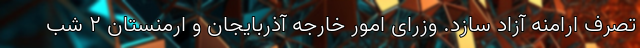
تصرف ارامنه آزاد سازد. وزرای امور خارجه آذربایجان و ارمنستان ۲ شب